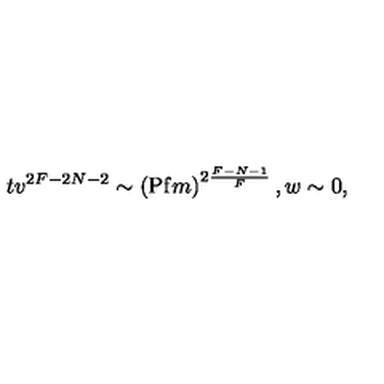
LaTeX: t v ^ { 2 F - 2 N - 2 } \sim \left( \mathrm { P f } m \right) ^ { 2 \frac { F - N - 1 } { F } } , w \sim 0 ,